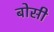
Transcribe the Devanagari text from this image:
बोसी